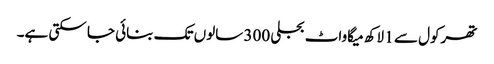
تھرکول سے 1 لاکھ میگاواٹ بجلی 300 سالوں تک بنائی جا سکتی ہے۔